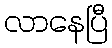
လာနေပြီ